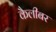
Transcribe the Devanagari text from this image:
कैलीबर